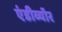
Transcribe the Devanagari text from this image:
एंडीव्यॉर